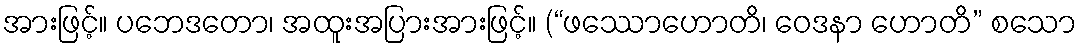
အားဖြင့်။ ပဘေဒတော၊ အထူးအပြားအားဖြင့်။ (“ဖဿောဟောတိ၊ ဝေဒနာ ဟောတိ” စသော